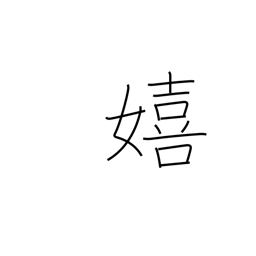
Meaning: glad